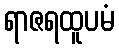
ရာဇရထူပမံ